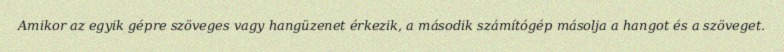
Amikor az egyik gépre szöveges vagy hangüzenet érkezik, a második számítógép másolja a hangot és a szöveget.